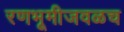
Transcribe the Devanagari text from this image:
रणभूमीजवळच